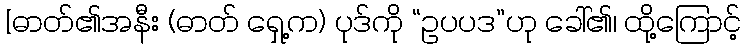
[ဓာတ်၏အနီး (ဓာတ် ရှေ့က) ပုဒ်ကို “ဥပပဒ”ဟု ခေါ်၏၊ ထို့ကြောင့်